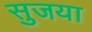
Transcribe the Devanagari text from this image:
सुजया